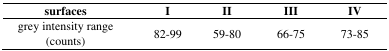
<table><thead><tr><td><b>surfaces</b></td><td><b>I</b></td><td><b>II</b></td><td><b>III</b></td><td><b>IV</b></td></tr></thead><tbody><tr><td>grey intensity range (counts)</td><td>82–99</td><td>59–80</td><td>66–75</td><td>73–85</td></tr></tbody></table>